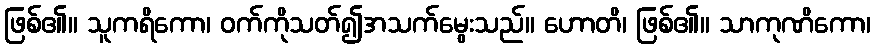
ဖြစ်၏။ သူကရိကော၊ ဝက်ကိုသတ်၍အသက်မွေးသည်။ ဟောတိ၊ ဖြစ်၏။ သာကုဏိကော၊